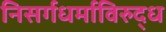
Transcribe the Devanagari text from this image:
निसर्गधर्माविरुद्ध